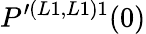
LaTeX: P^{\prime(L1,L1)1}(0)